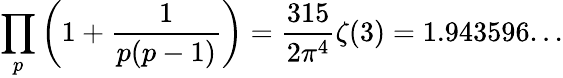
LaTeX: \prod_{p}\left(1+{\frac{1}{p(p-1)}}\right)={\frac{315}{2\pi^{4}}}\zeta(3)=1.943596...